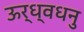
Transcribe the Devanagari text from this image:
ऊर्ध्वधनु